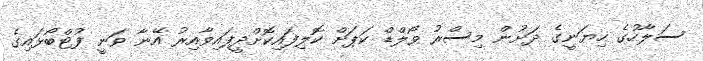
ސަލާހުގެ ހިޔަނީގެ ދަށުން މިސްރު ވޯލްޑް ކަޕަށް ކޮލިފައިކޮށްދީފައިވާއިރު އޭނާ ވަނީ ފުޓްބޯޅައިގެ